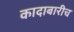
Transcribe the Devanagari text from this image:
कादाबारीच